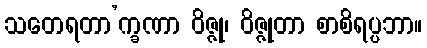
သတေရတာ’က္ခဏာ ဝိဇ္ဇု၊ ဝိဇ္ဇုတာ စာစိရပ္ပဘာ။